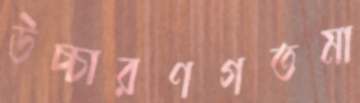
উচ্চারণগতমা